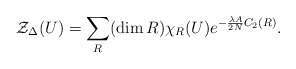
\begin{align*}{\cal Z}_{\Delta}(U) = \sum_{R} (\dim R)\chi_{R} (U)e^{-\frac{\lambda A}{2 N} C_2 (R)}.\end{align*}